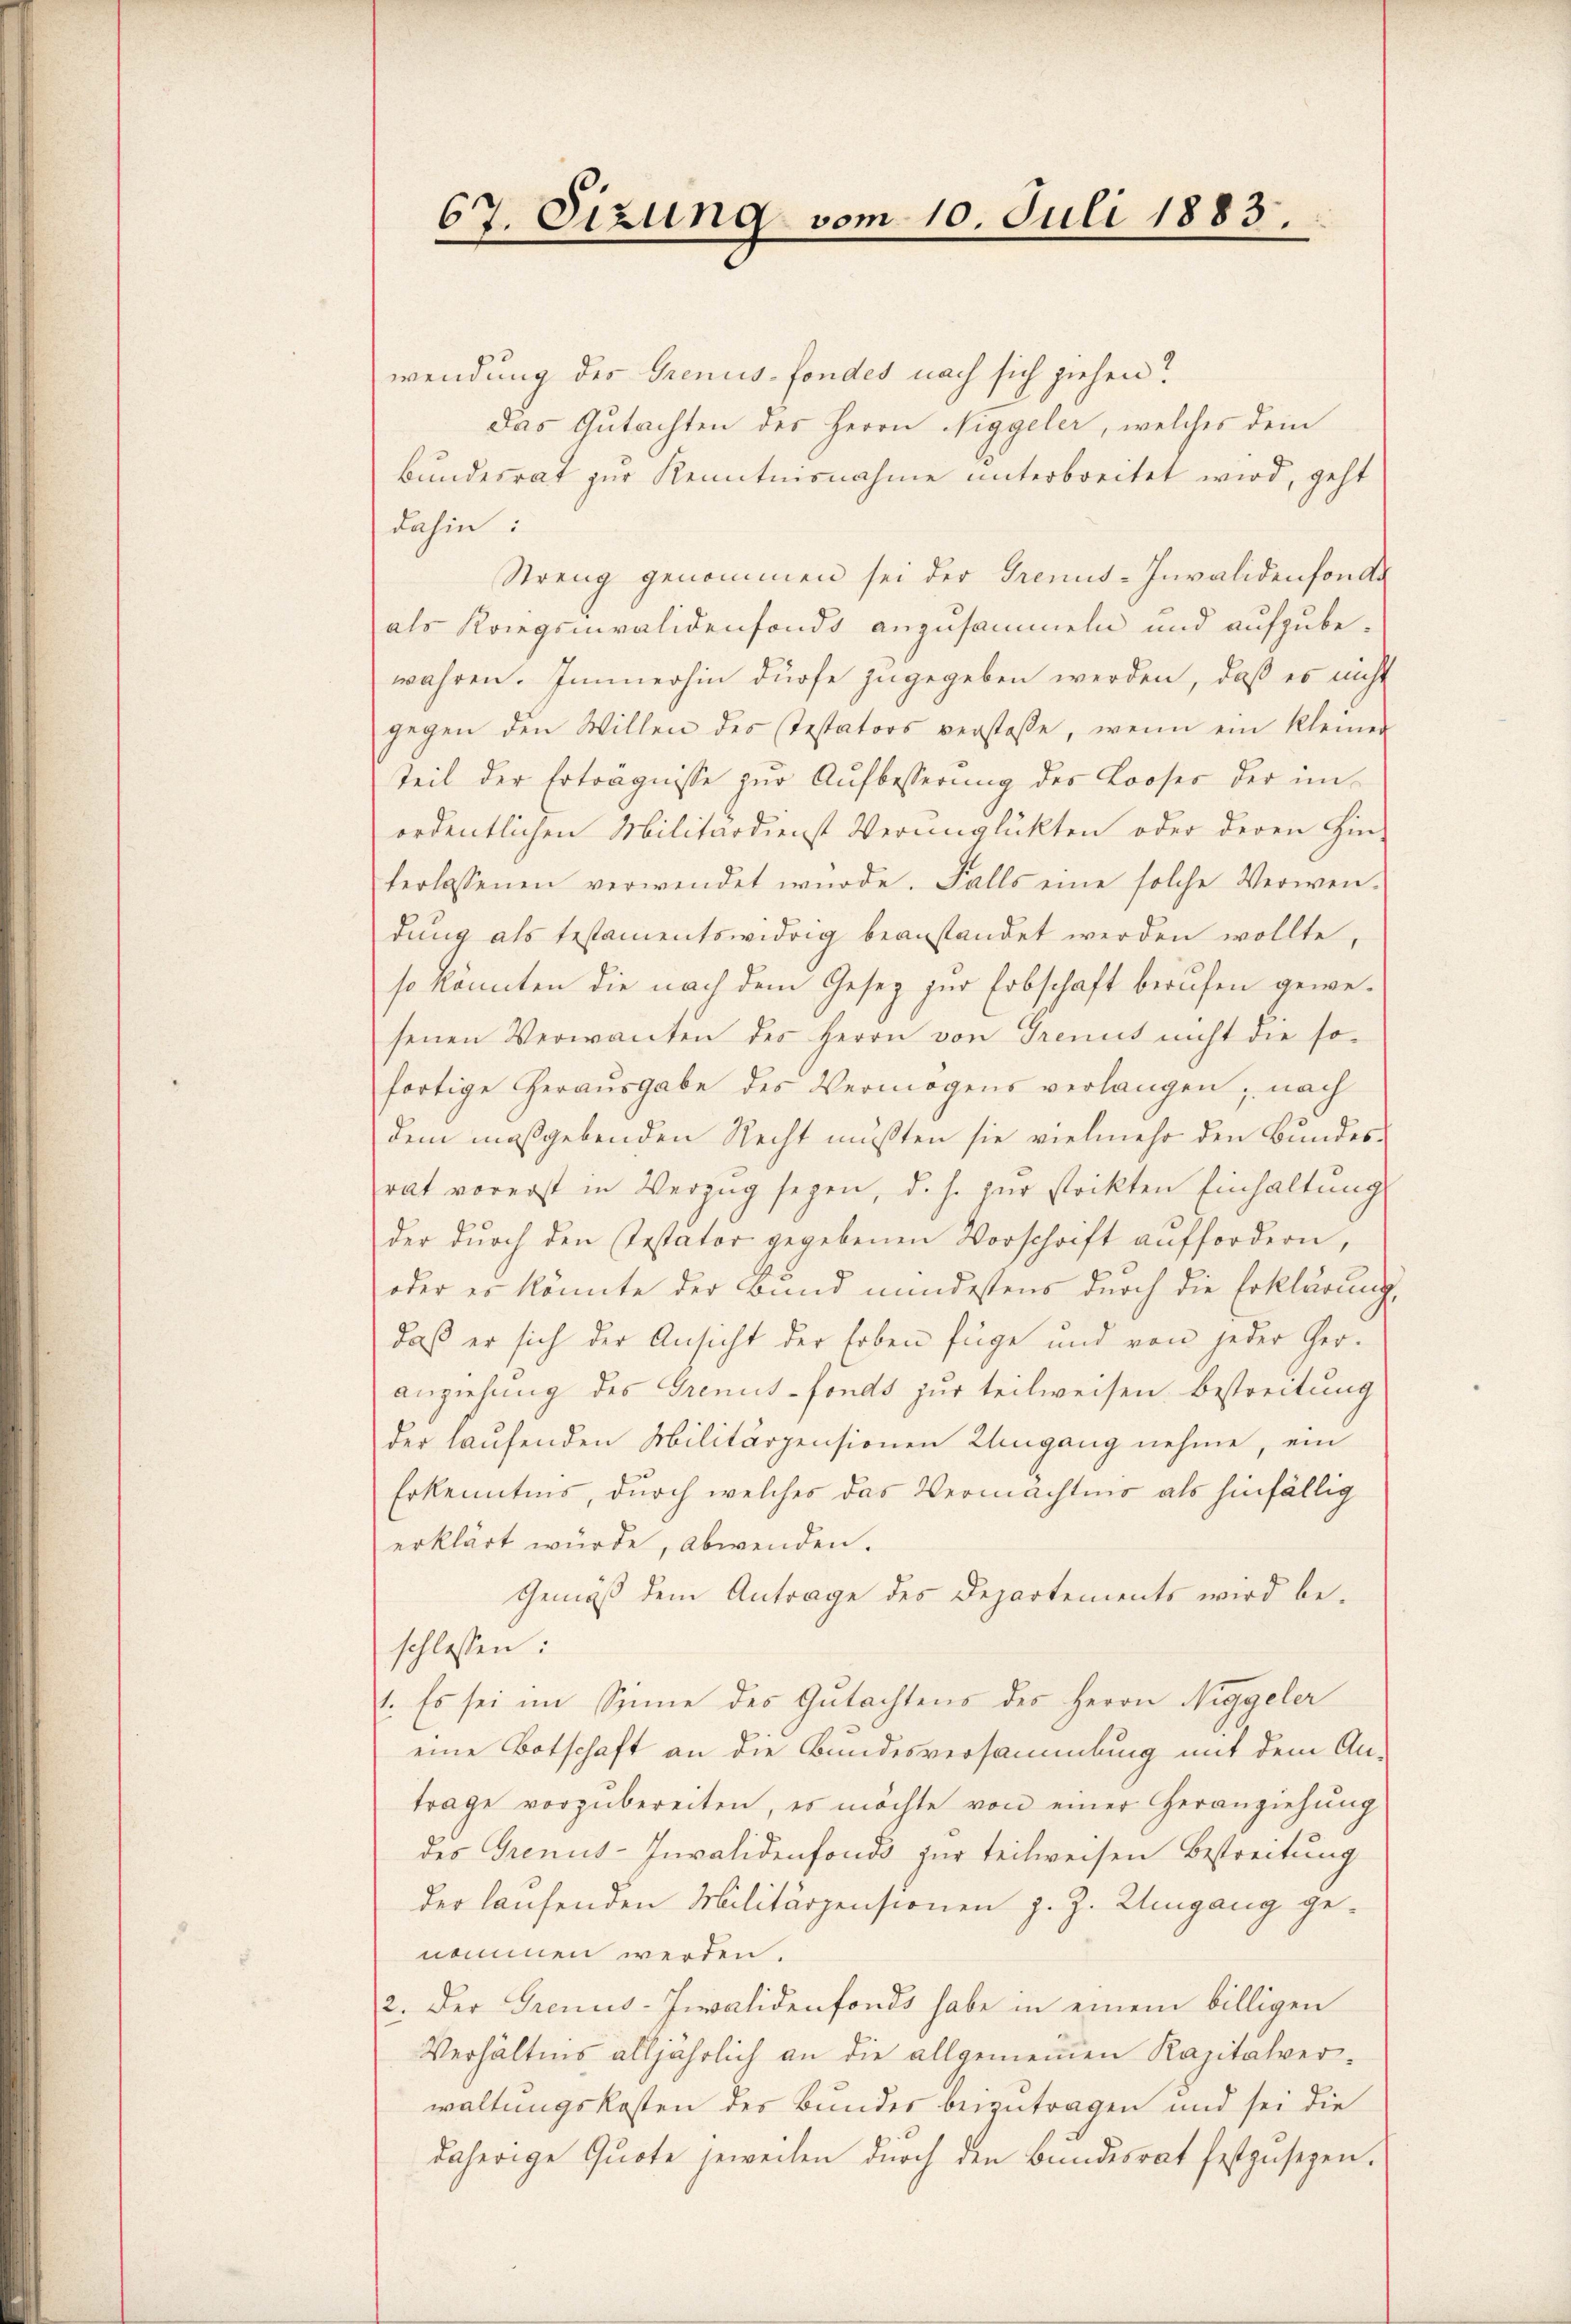
67. Sizung vom 10. Juli 1883.

wendung des Grenus-fondes nach sich ziehen?
Das Gutachten des Herrn Niggeler, welches dem
Bundesrat zur Kenntnisnahme unterbreitet wird, geht
dahin:
Streng genommen sei der Grenus-Invalidenfonde
als Kriegsmvalidenfondo anzusammeln und aufzubewahren. Immerhin dürfe zugegeben werden, daß es nicht
gegen den Willen des Testators verstosse, wenn ein kleiner
teil der Erträgnisse zur Aufbesserung des Looses der in-
ordentlichen Militärdienst Verunglükten oder deren Hin-
terlassenen verwendet würde. Falls eine solche Verwen-
dung als testamentswidrig beanstandet werden wollte,
so könnten die nach dem Gesez zur Erbschaft berufen gewesenen Verwanten des Herrn von Trennt nicht die sofortige Herausgabe des Vermögens verlangen; nach
dem maßgebenden Recht mußten sie vielmehr den Bundesrat vorerst in Verzug seyen, d. h. zur stockten Einhaltung
der dŭrch den Testator gegebenen Vorschrift auffordern,
oder es könnte der Bund mindestens durch die Erklärung
daß er sich der Ansicht der Erben füge und von jeder Ger-
anziehung des Grenis-fonds zur teilweisen. Bestreitung
der laufenden Militärpensionen Umgang nehme, ein
Erkenntnis, durch welches das Vermächtnis als hinfällig
erklärt würde, abwenden.
Gemäß dem Antrage des Departements wird beschlossen:
1. Es sei im Sinne des Gutachtens des Herrn Niggeler
eine Botschaft an die Bundesversammlung mit dem An-
trage vorzŭbereiten, es möchte von einer Heranziehung
des Grenus-Invalidenfonds zur teilweisen Bestreitung
der laufenden Militärpensionen z. Z. Umgang genommen werden.
2. Der Grenus-Invalidenfonds habe in einem billigen
Verhältnis alljährlich an die allgemeinen Kapitalverwaltungskosten des Bundes beizutragen und sei die
daherige Quote jeweilen durch den Bundesrat festzusehen.